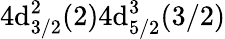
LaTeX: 4\mathrm{d}_{3/2}^{2}(2)4\mathrm{d}_{5/2}^{3}(3/2)